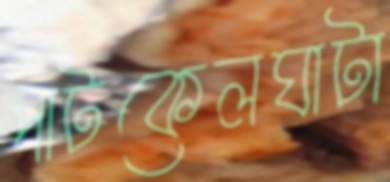
পাটকেলঘাটা